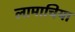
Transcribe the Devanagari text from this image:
लामाचिया